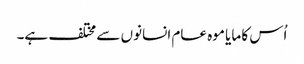
اُس کا مایا موہ عام انسانوں سے مختلف ہے۔